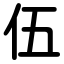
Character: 伍